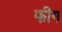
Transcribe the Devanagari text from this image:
फीग